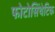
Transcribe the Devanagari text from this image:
फोटोसिंथेटिक